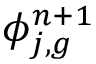
\phi _ { j , g } ^ { n + 1 }